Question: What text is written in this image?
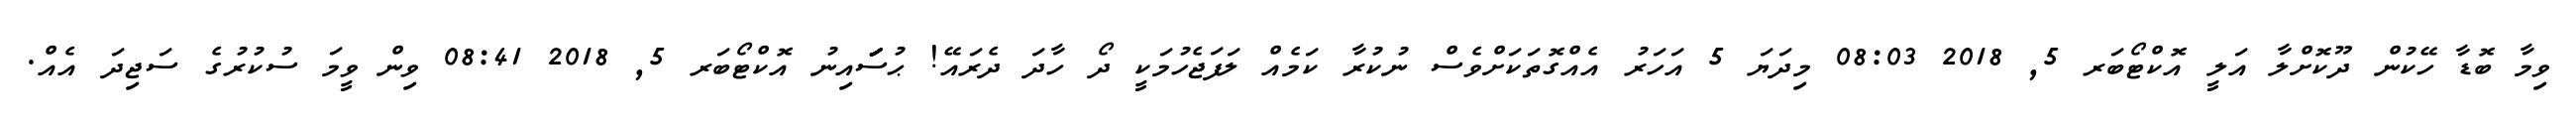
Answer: ވިމާ ބޮޑާ ހޭކުން ދޫކޮށްލާ އަލީ އޮކްޓޯބަރ 5, 2018 08:03 މިދަޔަ 5 އަހަރު އެއްގޮތަކަށްވެސް ނުކުރާ ކަމެއް ލަފަޖެހުމަކީ ދޯ ހާދަ ދެރައޭ! ޙުސަަަަަަަައިނު އޮކްޓޯބަރ 5, 2018 08:41 ވިން ވީމަ ސުކުރުގެ ސަޖިދަ އެއް.